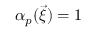
{ \alpha } _ { p } ( \vec { \xi } ) = 1